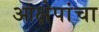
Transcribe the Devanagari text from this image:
आक्षेपांचा